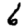
Digit: 6